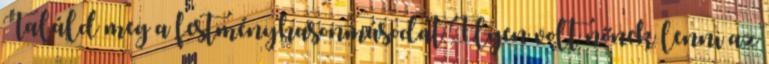
Találd meg a festményhasonmásodat Ilyen volt nőnek lenni az